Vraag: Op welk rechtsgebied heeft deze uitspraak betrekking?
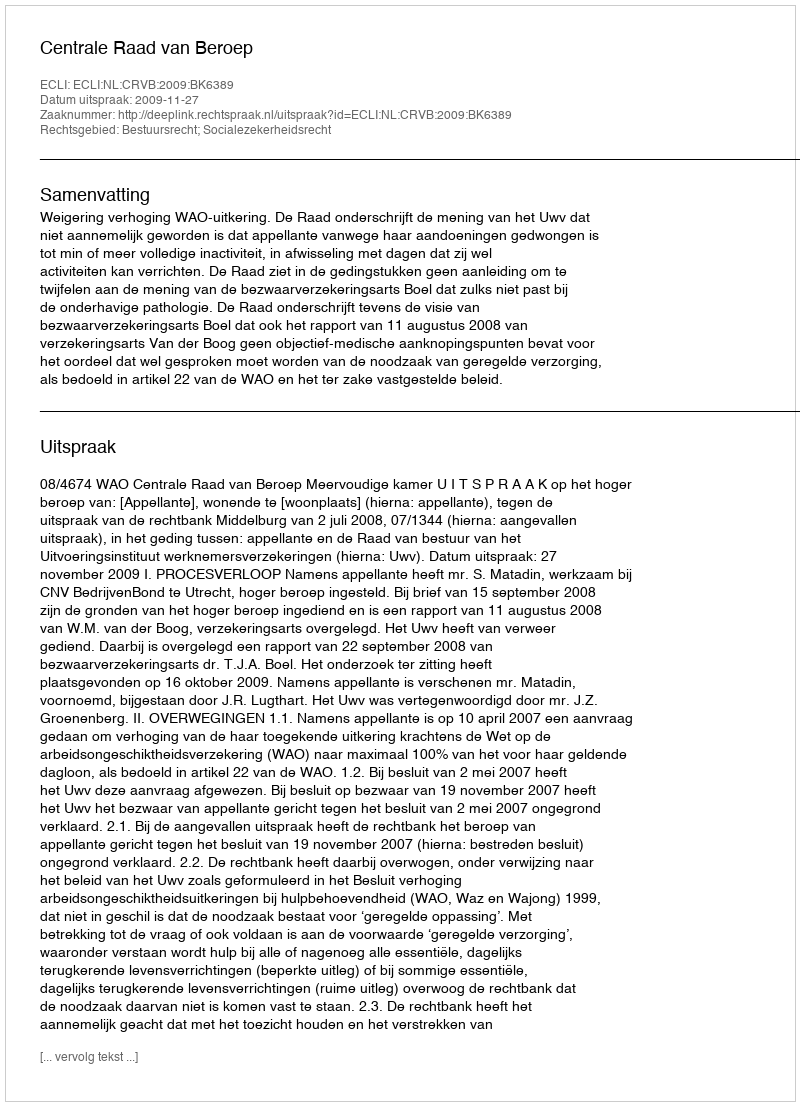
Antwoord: Bestuursrecht; Socialezekerheidsrecht